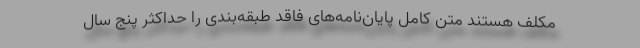
مکلف هستند متن کامل پایان‌نامه‌های فاقد طبقه‌بندی را حداکثر پنج سال